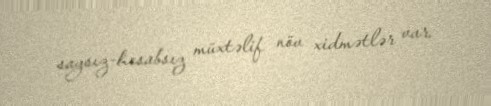
saysız-hesabsız müxtəlif növ xidmətlər var.